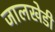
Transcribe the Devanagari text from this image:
जालखेडी